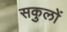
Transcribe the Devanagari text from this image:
सकुलों